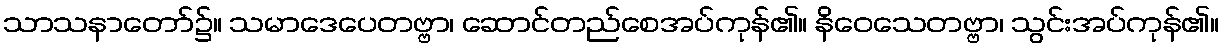
သာသနာတော်၌။ သမာဒေပေတဗ္ဗာ၊ ဆောင်တည်စေအပ်ကုန်၏။ နိဝေသေတဗ္ဗာ၊ သွင်းအပ်ကုန်၏။